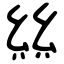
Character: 𢇃